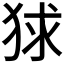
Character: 𤞰